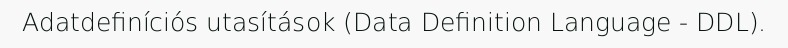
Adatdefiníciós utasítások (Data Definition Language - DDL).